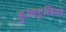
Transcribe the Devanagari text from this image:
हुआटुलियो